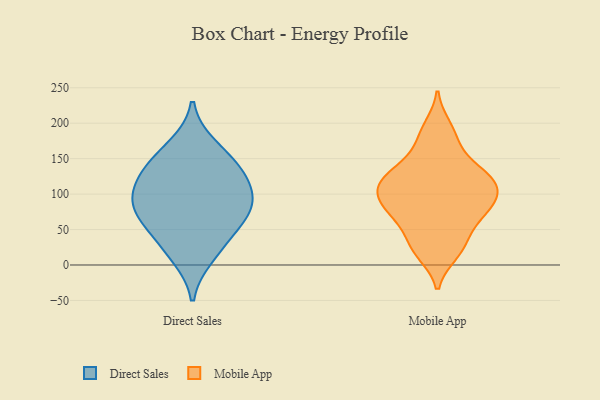
{"axis": {"x": "Churn Rate (%)", "y": "Value"}, "legend": ["Direct Sales", "Mobile App"], "data": [{"x": "", "y": 61, "type": "Direct Sales"}, {"x": "", "y": 97, "type": "Direct Sales"}, {"x": "", "y": 168, "type": "Direct Sales"}, {"x": "", "y": 141, "type": "Direct Sales"}, {"x": "", "y": 137, "type": "Direct Sales"}, {"x": "", "y": 78, "type": "Direct Sales"}, {"x": "", "y": 120, "type": "Direct Sales"}, {"x": "", "y": 73, "type": "Direct Sales"}, {"x": "", "y": 34, "type": "Direct Sales"}, {"x": "", "y": 12, "type": "Direct Sales"}, {"x": "", "y": 98, "type": "Direct Sales"}, {"x": "", "y": 82, "type": "Mobile App"}, {"x": "", "y": 60, "type": "Mobile App"}, {"x": "", "y": 134, "type": "Mobile App"}, {"x": "", "y": 50, "type": "Mobile App"}, {"x": "", "y": 131, "type": "Mobile App"}, {"x": "", "y": 82, "type": "Mobile App"}, {"x": "", "y": 16, "type": "Mobile App"}, {"x": "", "y": 124, "type": "Mobile App"}, {"x": "", "y": 81, "type": "Mobile App"}, {"x": "", "y": 124, "type": "Mobile App"}, {"x": "", "y": 110, "type": "Mobile App"}, {"x": "", "y": 181, "type": "Mobile App"}, {"x": "", "y": 30, "type": "Mobile App"}, {"x": "", "y": 20, "type": "Mobile App"}, {"x": "", "y": 107, "type": "Mobile App"}, {"x": "", "y": 80, "type": "Mobile App"}, {"x": "", "y": 99, "type": "Mobile App"}, {"x": "", "y": 110, "type": "Mobile App"}, {"x": "", "y": 195, "type": "Mobile App"}, {"x": "", "y": 160, "type": "Mobile App"}]}